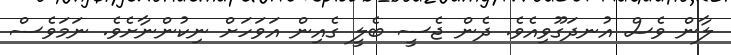
ލާން ވެސް އުނދަގޫވިއެވެ. ދެން ޖެސީ ބެލީ ގެއިން އަވަހަށް ނިކުންނާށެވެ. ނަމަވެސް